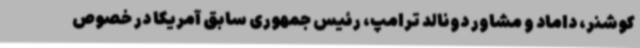
کوشنر، داماد و مشاور دونالد ترامپ، رئیس جمهوری سابق آمریکا در خصوص